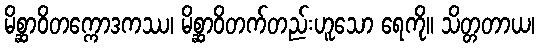
မိစ္ဆာဝိတက္ကောဒကဿ၊ မိစ္ဆာဝိတက်တည်းဟူသော ရေကို။ သိတ္တတာယ၊